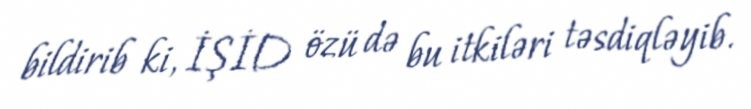
bildirib ki, İŞİD özü də bu itkiləri təsdiqləyib.